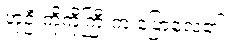
ဟုဦးကိုကိုကြီးက ပြောလေ၏။